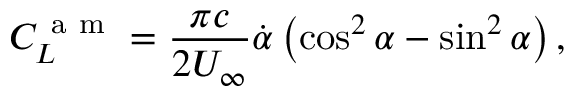
C _ { L } ^ { \mathrm { ~ a ~ m ~ } } = \frac { \pi c } { 2 U _ { \infty } } \dot { \alpha } \left( \cos ^ { 2 } \alpha - \sin ^ { 2 } \alpha \right) ,